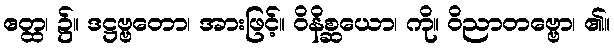
ဧတ္ထ၊ ၌။ ဒဋ္ဌဗ္ဗတော၊ အားဖြင့်။ ဝိနိစ္ဆယော၊ ကို။ ဝိညာတဗ္ဗော၊ ၏။